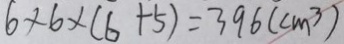
6 \times 6 \times ( 6 + 5 ) = 3 9 6 ( c m ^ { 3 } )